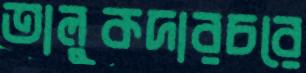
তালুকদারচরে